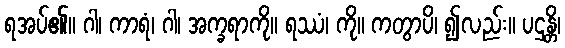
ရအပ်၏။ ဂါ၊ ကာရံ၊ ဂါ၊ အက္ခရာကို။ ရဿံ၊ ကို။ ကတွာပိ၊ ၍လည်း။ ပဌန္တိ၊